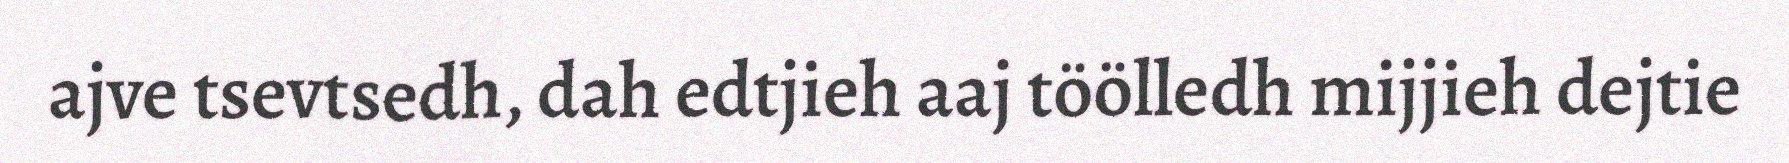
ajve tsevtsedh, dah edtjieh aaj töölledh mijjieh dejtie